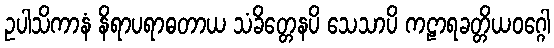
ဥပါသိကာနံ နိရာပရာဓတာယ သံခိတ္တေနပိ သေသာပိ ကဠာရခတ္တိယဝဂ္ဂေါ